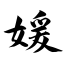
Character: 媛